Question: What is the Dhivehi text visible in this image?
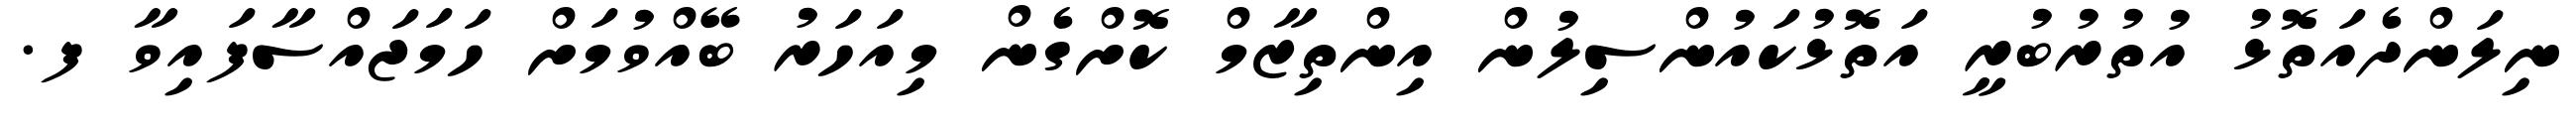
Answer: ނިލަންދެއަތޮޅު އުތުރުބުރީ އަތޮޅުކައުންސިލުން އިންތިޒާމް ކޮށްގެން މިއަހަރު ބޭއްވުމަށް ހަމަޖައްސާފައިވާ ފ.